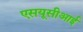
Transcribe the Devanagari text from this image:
एसयूसीआई